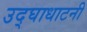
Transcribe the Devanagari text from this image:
उद्घाधाटनी